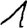
Digit: 1